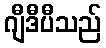
ဂျီဒီပီသည်